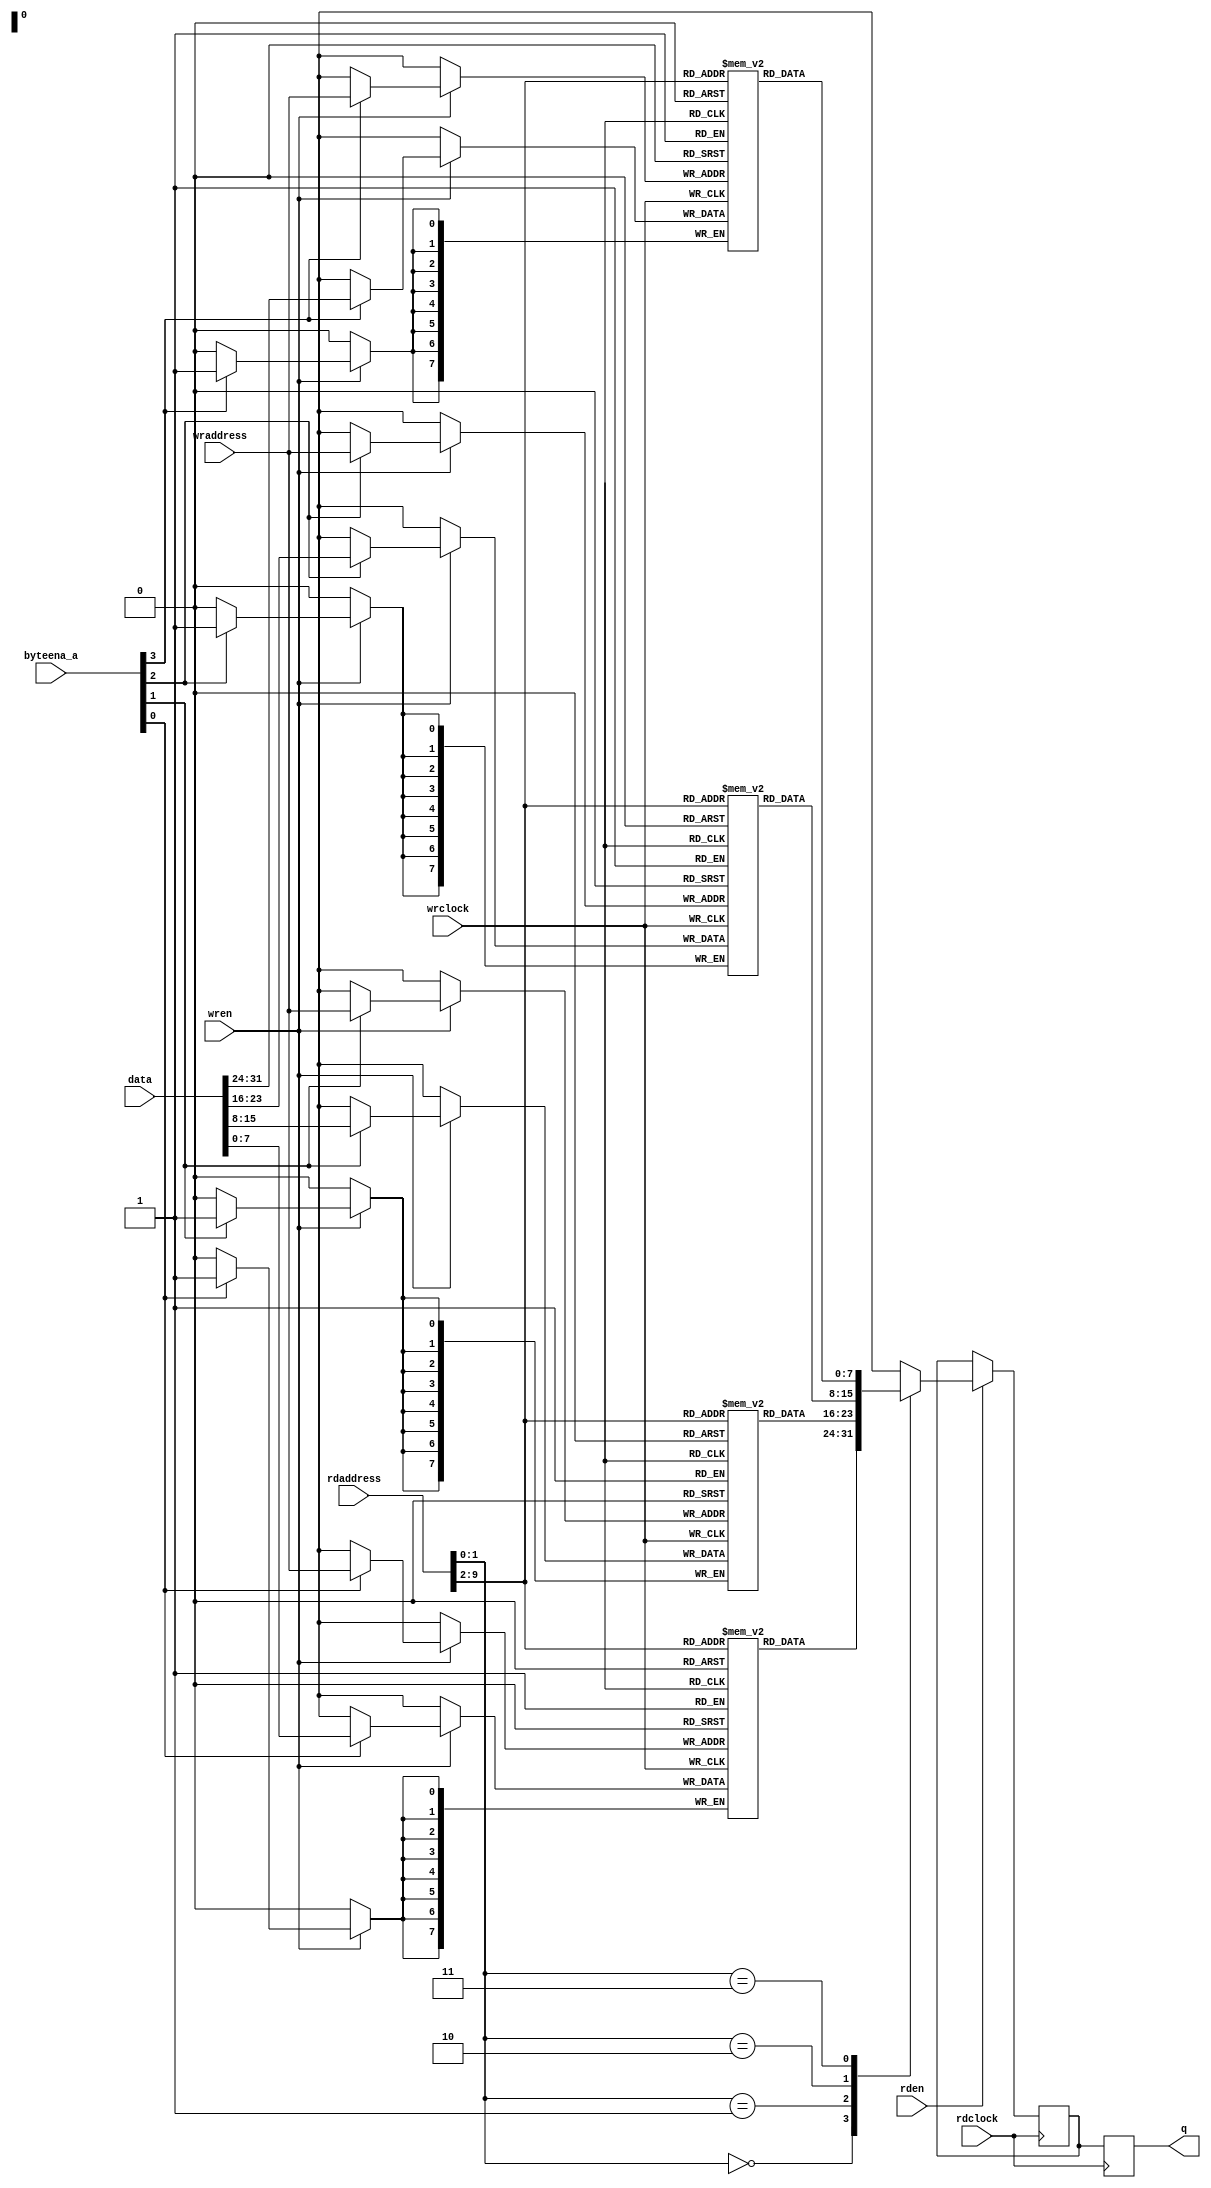
// Copyright 2008-2019 Frederic Requin
//
// This file is part of the 1943 FPGA core
//
// The 1943 FPGA core is free software; you can redistribute it and/or modify
// it under the terms of the GNU General Public License as published by
// the Free Software Foundation; either version 3 of the License, or
// (at your option) any later version.
//
// The 1943 FPGA core is distributed in the hope that it will be useful,
// but WITHOUT ANY WARRANTY; without even the implied warranty of
// MERCHANTABILITY or FITNESS FOR A PARTICULAR PURPOSE.  See the
// GNU General Public License for more details.
//
// You should have received a copy of the GNU General Public License
// along with this program.  If not, see <http://www.gnu.org/licenses/>.

module mem_dc_256x32to8r
(
    // Write port
    input         wrclock,
    input         wren,
    input   [7:0] wraddress,
    input   [3:0] byteena_a,
    input  [31:0] data,
    // Read port
    input         rdclock,
    input         rden,
    input   [9:0] rdaddress,
    output  [7:0] q
);
    // ========================================================
    
    // Registered output
    reg  [7:0] r_q_p0;
    reg  [7:0] r_q_p1;

    // 4 x 256 x 8 bit memory blocks
    reg  [7:0] r_mem_blk_0 [0:255];
    reg  [7:0] r_mem_blk_1 [0:255];
    reg  [7:0] r_mem_blk_2 [0:255];
    reg  [7:0] r_mem_blk_3 [0:255];
    
    integer i;

    // ========================================================
    
    initial
    begin
        for (i = 0; i < 256; i = i + 1) begin
            r_mem_blk_0[i] = 8'h00;
            r_mem_blk_1[i] = 8'h00;
            r_mem_blk_2[i] = 8'h00;
            r_mem_blk_3[i] = 8'h00;
        end
    end
    
    // ========================================================
    
    // Write port
    always @(posedge wrclock) begin : WR_PORT
    
        if (wren) begin
            if (byteena_a[0]) r_mem_blk_0[wraddress] <= data[ 7: 0];
            if (byteena_a[1]) r_mem_blk_1[wraddress] <= data[15: 8];
            if (byteena_a[2]) r_mem_blk_2[wraddress] <= data[23:16];
            if (byteena_a[3]) r_mem_blk_3[wraddress] <= data[31:24];
        end
    end

    // ========================================================
    
    // Read port
    always @(posedge rdclock) begin : RD_PORT
        
        if (rden) begin
            case (rdaddress[1:0])
                2'd0 : r_q_p0 <= r_mem_blk_0[rdaddress[9:2]];
                2'd1 : r_q_p0 <= r_mem_blk_1[rdaddress[9:2]];
                2'd2 : r_q_p0 <= r_mem_blk_2[rdaddress[9:2]];
                2'd3 : r_q_p0 <= r_mem_blk_3[rdaddress[9:2]];
            endcase
        end
        r_q_p1 <= r_q_p0;
    end
    
    assign q = r_q_p1;

    // ========================================================
    
endmodule